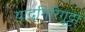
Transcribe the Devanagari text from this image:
यादगिरिगुट्टा